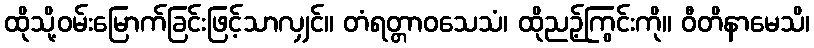
ထိုသို့ဝမ်းမြောက်ခြင်းဖြင့်သာလျှင်။ တံရတ္တာဝသေသံ၊ ထိုညဉ့်ကြွင်းကို။ ဝီတိနာမေသိ၊